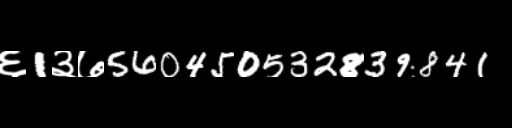
Text: ६1३७560450532839841